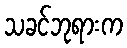
သခင်ဘုရားက